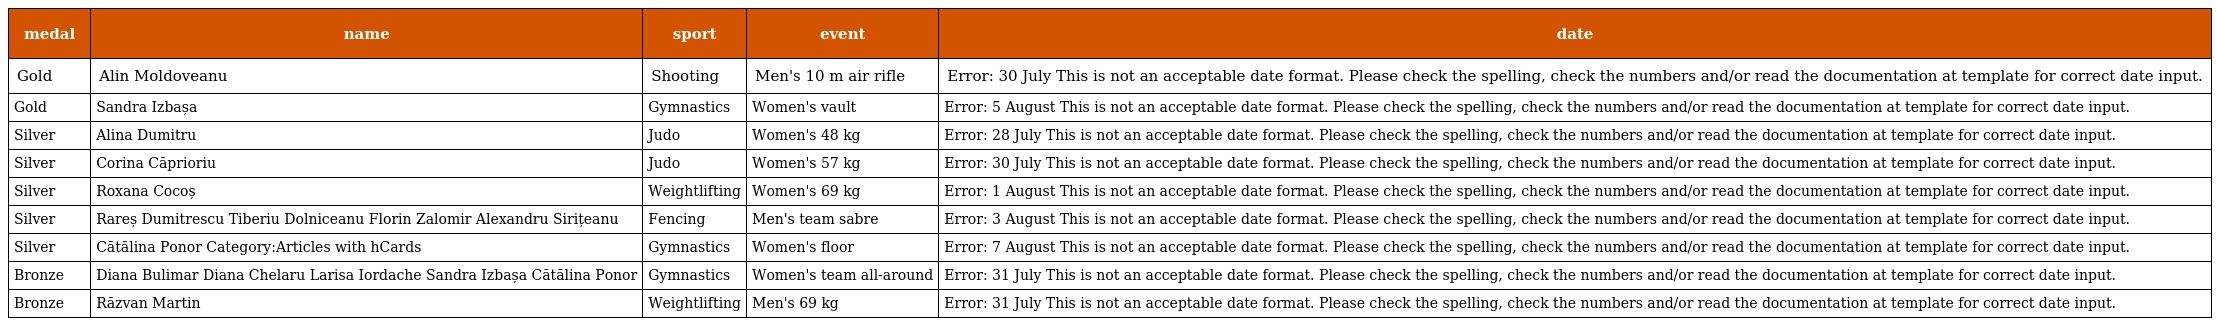
| medal | name | sport | event | date |
 | --- | --- | --- | --- | --- |
 | Gold | Alin Moldoveanu | Shooting | Men's 10 m air rifle | Error: 30 July This is not an acceptable date format. Please check the spelling, check the numbers and/or read the documentation at template for correct date input. |
 | Gold | Sandra Izbașa | Gymnastics | Women's vault | Error: 5 August This is not an acceptable date format. Please check the spelling, check the numbers and/or read the documentation at template for correct date input. |
 | Silver | Alina Dumitru | Judo | Women's 48 kg | Error: 28 July This is not an acceptable date format. Please check the spelling, check the numbers and/or read the documentation at template for correct date input. |
 | Silver | Corina Căprioriu | Judo | Women's 57 kg | Error: 30 July This is not an acceptable date format. Please check the spelling, check the numbers and/or read the documentation at template for correct date input. |
 | Silver | Roxana Cocoș | Weightlifting | Women's 69 kg | Error: 1 August This is not an acceptable date format. Please check the spelling, check the numbers and/or read the documentation at template for correct date input. |
 | Silver | Rareș Dumitrescu Tiberiu Dolniceanu Florin Zalomir Alexandru Sirițeanu | Fencing | Men's team sabre | Error: 3 August This is not an acceptable date format. Please check the spelling, check the numbers and/or read the documentation at template for correct date input. |
 | Silver | Cătălina Ponor Category:Articles with hCards | Gymnastics | Women's floor | Error: 7 August This is not an acceptable date format. Please check the spelling, check the numbers and/or read the documentation at template for correct date input. |
 | Bronze | Diana Bulimar Diana Chelaru Larisa Iordache Sandra Izbașa Cătălina Ponor | Gymnastics | Women's team all-around | Error: 31 July This is not an acceptable date format. Please check the spelling, check the numbers and/or read the documentation at template for correct date input. |
 | Bronze | Răzvan Martin | Weightlifting | Men's 69 kg | Error: 31 July This is not an acceptable date format. Please check the spelling, check the numbers and/or read the documentation at template for correct date input. |